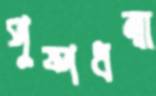
পুষ্পধন্বা